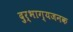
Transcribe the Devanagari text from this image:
दुर्भाग्यजनक